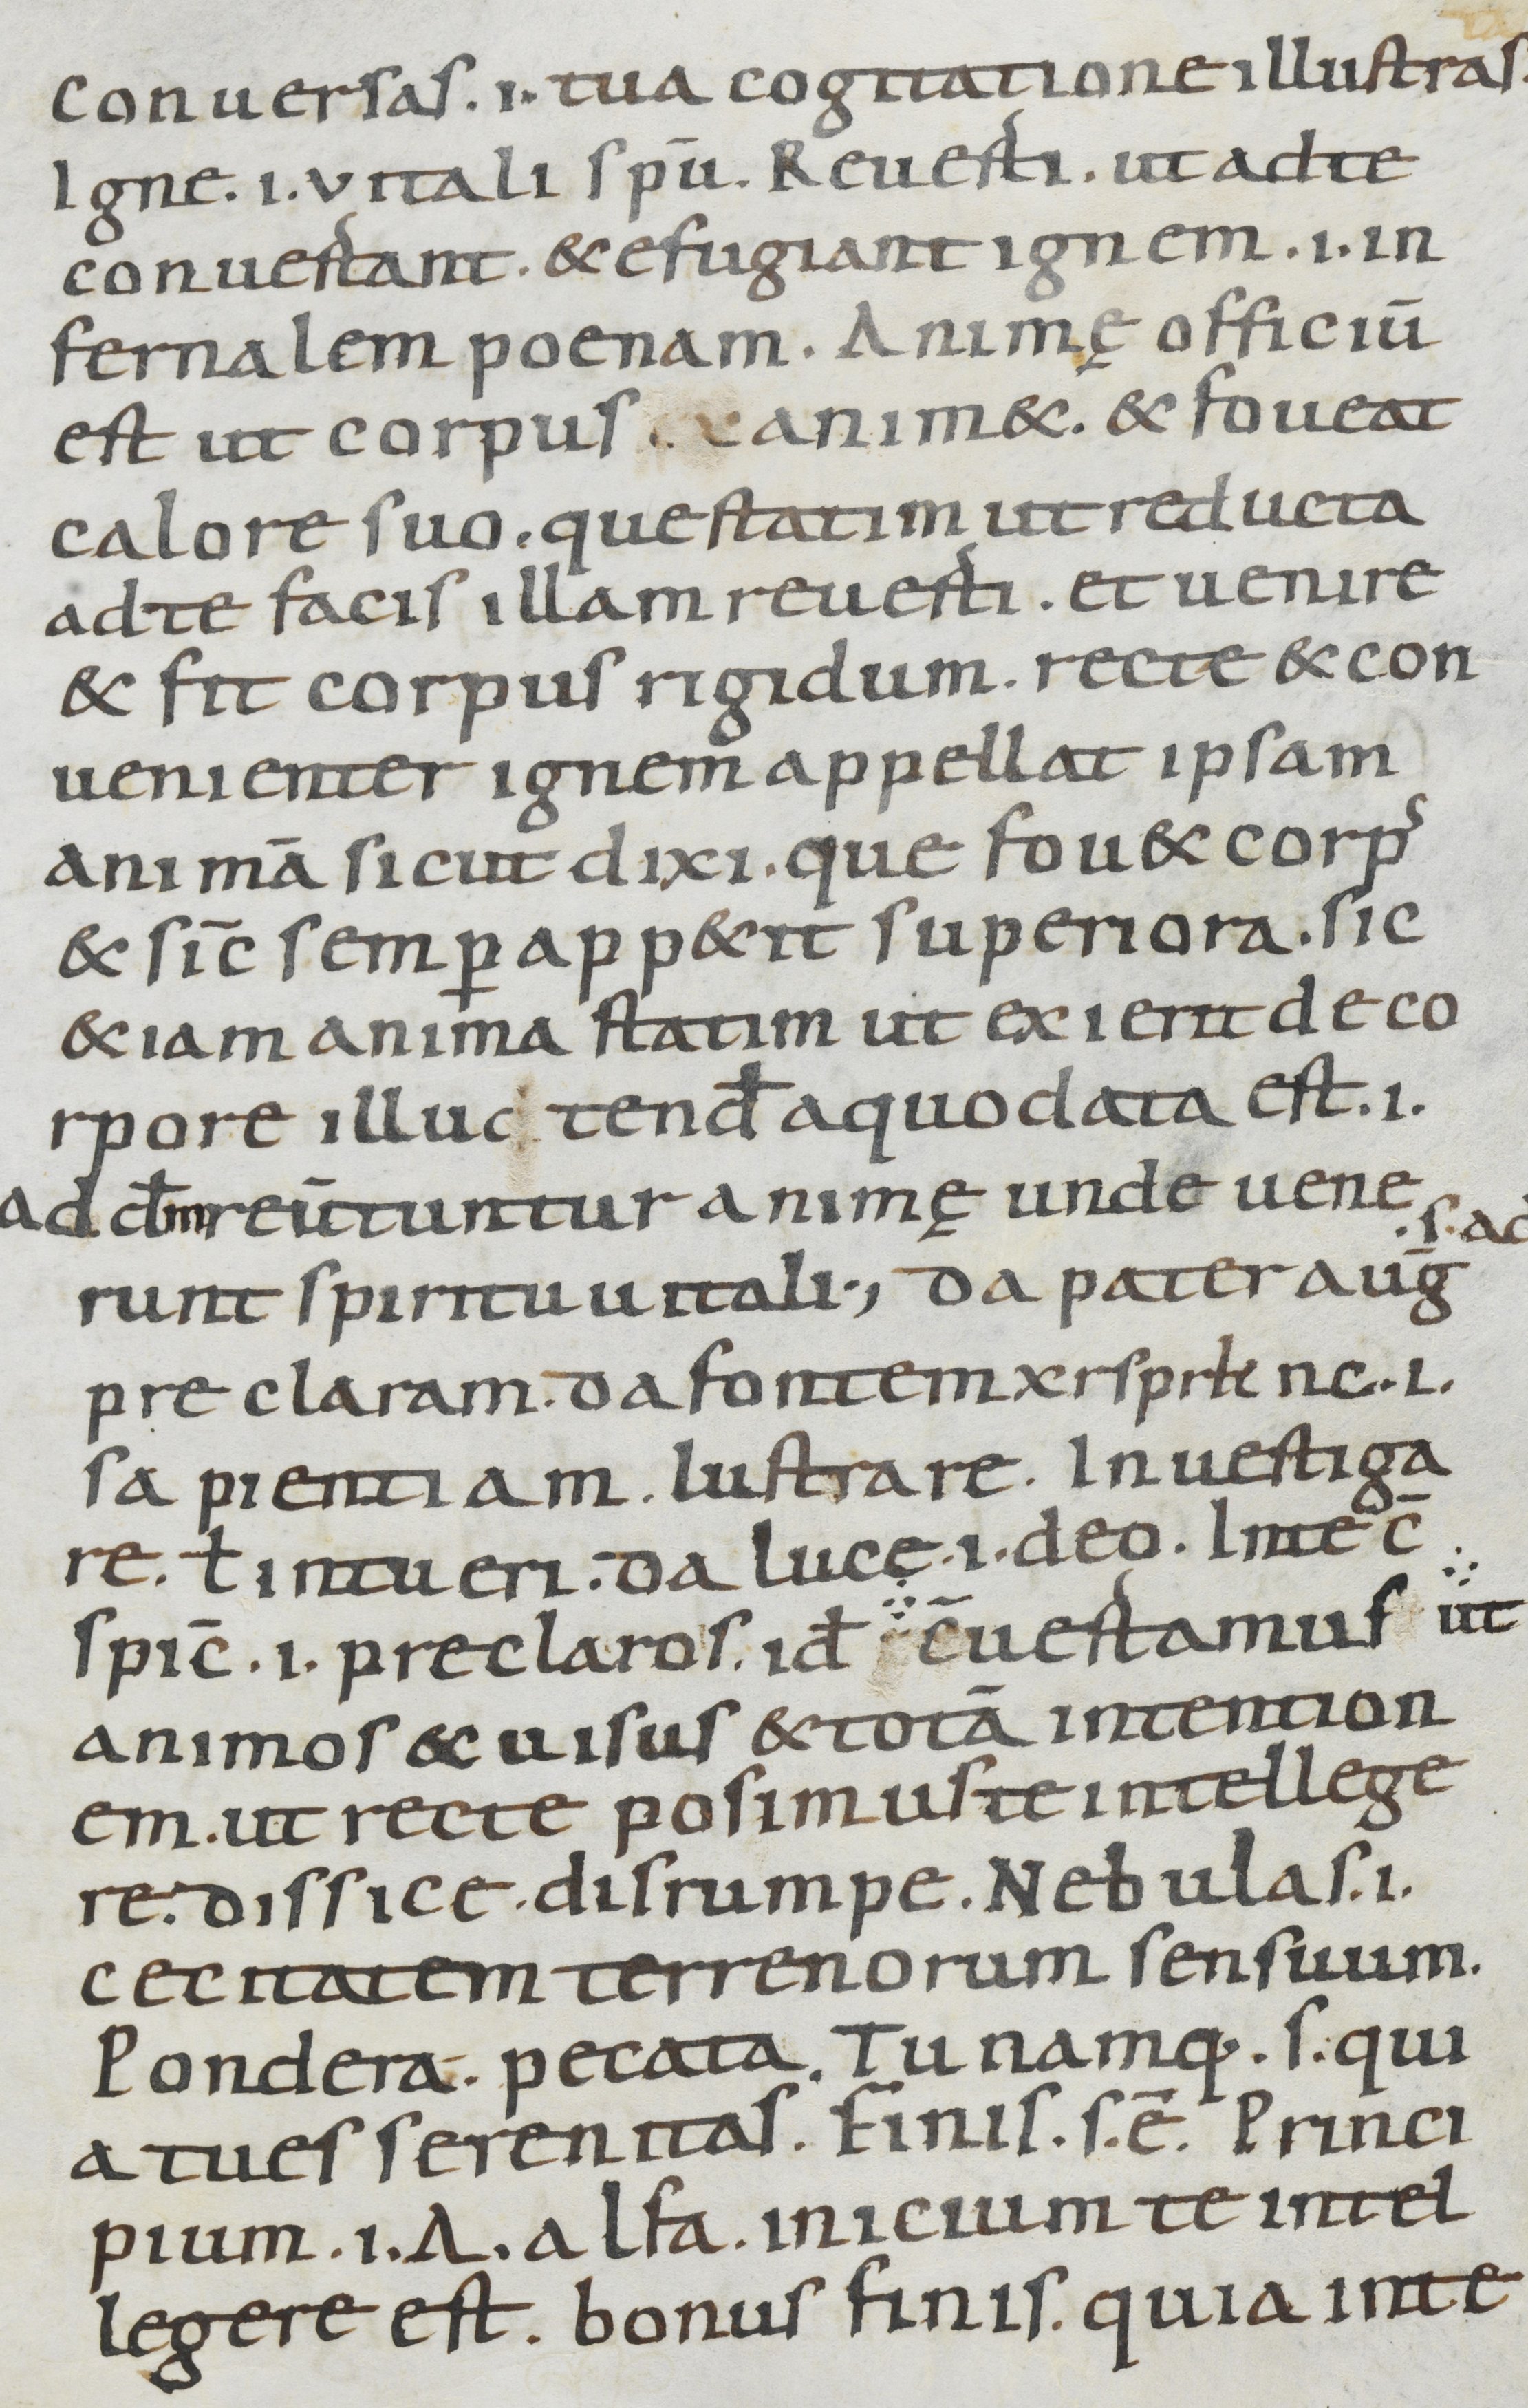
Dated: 900–999